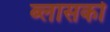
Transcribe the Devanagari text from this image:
ब्लासको